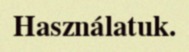
Használatuk.